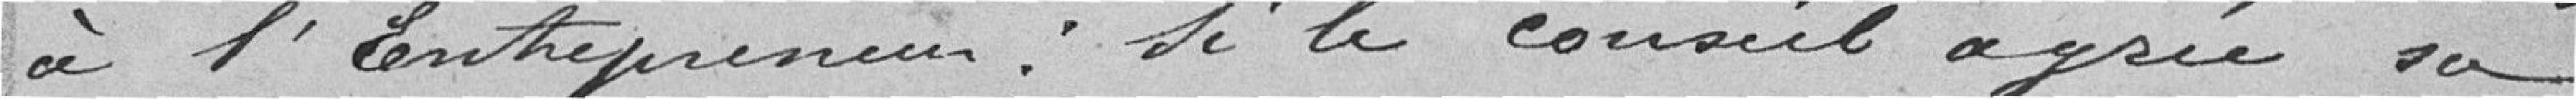
à l'entrepreneur : si le conseil agrée